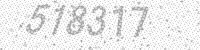
Solution: 518317